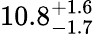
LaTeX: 10.8_{-1.7}^{+1.6}